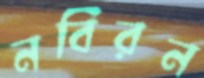
নবিরন